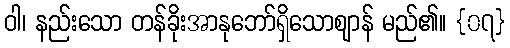
ဝါ၊ နည်းသော တန်ခိုးအာနုဘော်ရှိသောဈာန် မည်၏။ {၀၇}